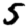
Digit: 5